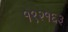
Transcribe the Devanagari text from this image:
१९२१६३